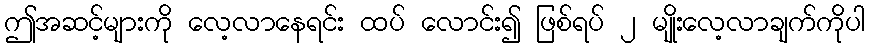
ဤအဆင့်များကို လေ့လာနေရင်း ထပ် လောင်း၍ ဖြစ်ရပ် ၂ မျိုးလေ့လာချက်ကိုပါ